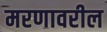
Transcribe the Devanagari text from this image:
मरणावरील